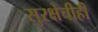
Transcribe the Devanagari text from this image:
सुरक्षेचीही